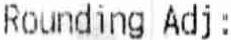
ROUNDING ADJ: